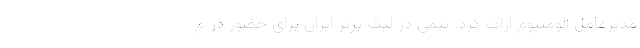
مدیرعامل آلومنیوم اراک کرد. تیمی در لیگ برتر ایران برای حضور در م